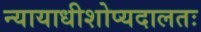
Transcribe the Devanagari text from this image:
न्यायाधीशोप्यदालतः